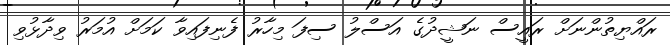
ރައްޔިތުންނަށް ރައީސް ނަޝީދުގެ އަސްލު ސިފަ މިހާރު ފެނިފައިވާ ކަމަށް އުމަރު ވިދާޅުވި